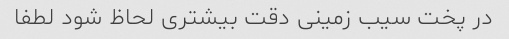
در پخت سیب زمینی دقت بیشتری لحاظ شود لطفا